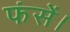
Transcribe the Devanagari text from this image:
फंसें।